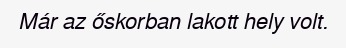
Már az őskorban lakott hely volt.